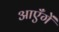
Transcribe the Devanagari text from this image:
आएँगें